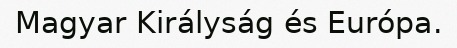
Magyar Királyság és Európa.